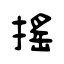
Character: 搖